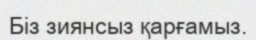
Біз зиянсыз қарғамыз.